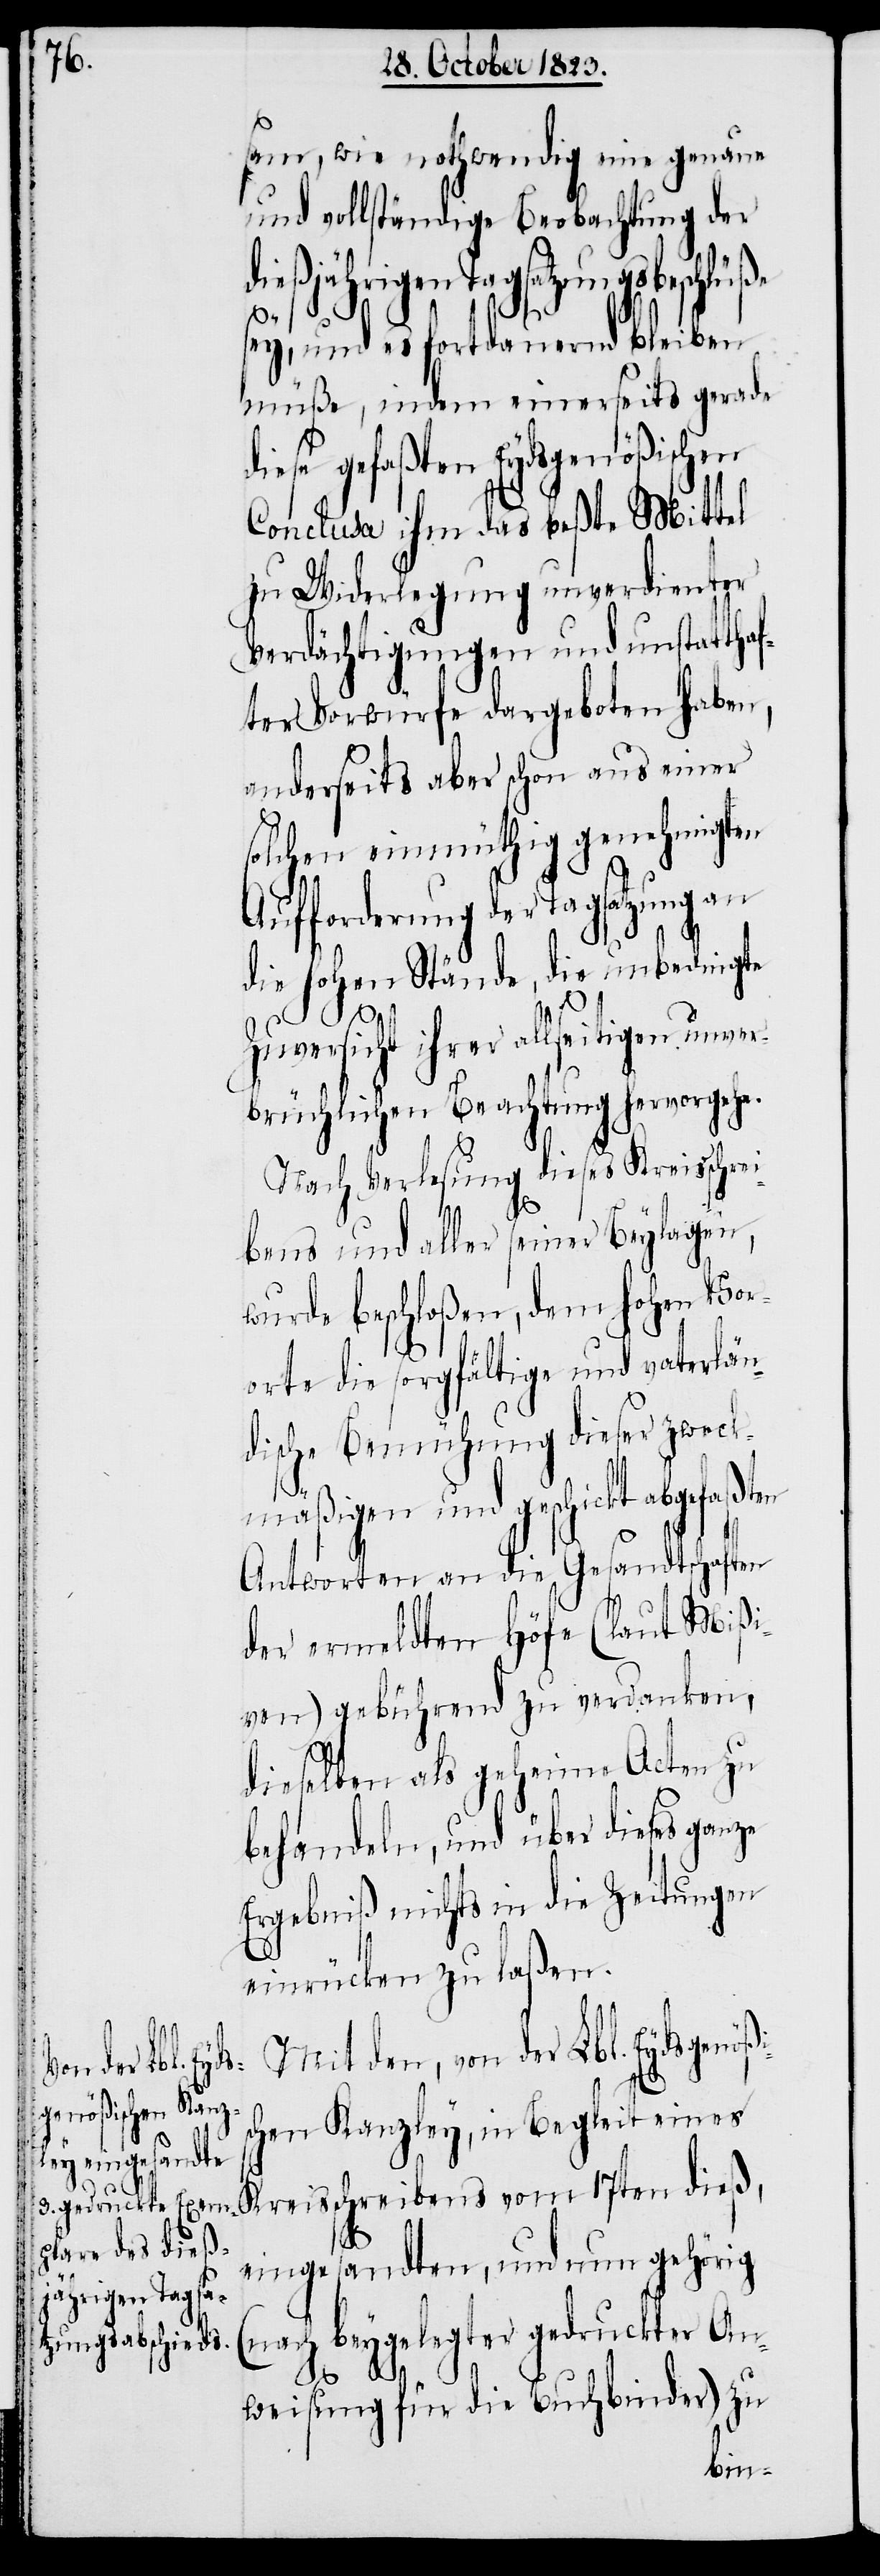
sam, wie nothwendig eine genaue
und vollständige Beobachtung der
dießjährigen Tagsatzungsbeschlüße
s¬
sey, und es fortdauernd bleiben
müße, indem einerseits gerade
diese gefaßten Eydsgenößischen
Conclusa ihm das beßte Mittel
zu Widerlegung unverdienter
Verdächtigungen und unstattha¬
fter Vorwürfe dargeboten haben,
anderseits aber schon aus einer
solchen einmüthig genehmigten
Aufforderung der Tagsatzung an
die hohen Stände, die unbedingte
Zuversicht ihrer allseitigen unver¬
brüchlichen Beachtung hervorgehe.
Nach Verlesung dieses Kreisschre¬
ibens und aller seiner Beylagen,
wurde beschloßen, dem hohen Vor¬
orte die sorgfältige und vaterlän¬
dische Bemühung dieser zweck¬
mäßigen und geschickt
Antworten an die Gesandtschaften
der ermeldten Höfe (laut Mißi¬
ven) gebührend zu verdanken,
dieselben als geheime Acten zu
behandeln, und über dieses ganze
Ergebniß nichts in die Zeitungen
einrücken zu laßen.
Mit den, von der Lbl. Eydsgenößi¬
chen Kanzley, in Begleit eines
Kreisschreibens vom 17ten dieß,
eingesandten, und nun gehörig
(nach beygelegter gedruckter An¬
weisung für die Buchbinder) zu